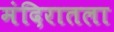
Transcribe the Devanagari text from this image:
मंदिरातला